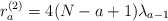
\begin{align*}r_a^{(2)} = 4(N-a+1) \lambda_{a-1}\end{align*}